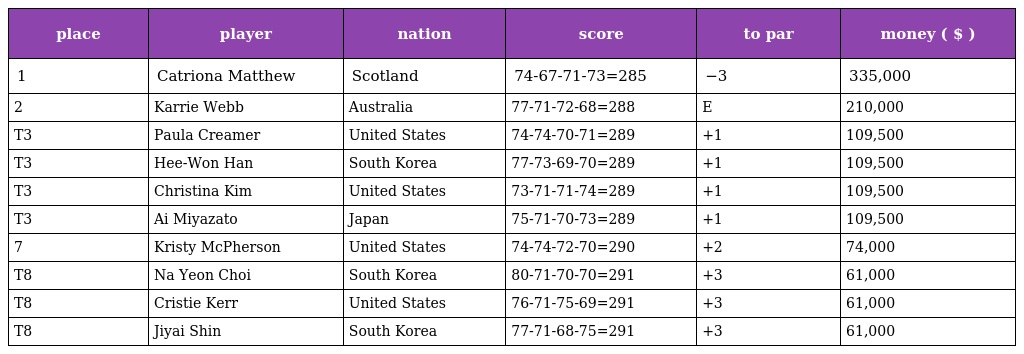
| place | player | nation | score | to par | money ( $ ) |
 | --- | --- | --- | --- | --- | --- |
 | 1 | Catriona Matthew | Scotland | 74-67-71-73=285 | −3 | 335,000 |
 | 2 | Karrie Webb | Australia | 77-71-72-68=288 | E | 210,000 |
 | T3 | Paula Creamer | United States | 74-74-70-71=289 | +1 | 109,500 |
 | T3 | Hee-Won Han | South Korea | 77-73-69-70=289 | +1 | 109,500 |
 | T3 | Christina Kim | United States | 73-71-71-74=289 | +1 | 109,500 |
 | T3 | Ai Miyazato | Japan | 75-71-70-73=289 | +1 | 109,500 |
 | 7 | Kristy McPherson | United States | 74-74-72-70=290 | +2 | 74,000 |
 | T8 | Na Yeon Choi | South Korea | 80-71-70-70=291 | +3 | 61,000 |
 | T8 | Cristie Kerr | United States | 76-71-75-69=291 | +3 | 61,000 |
 | T8 | Jiyai Shin | South Korea | 77-71-68-75=291 | +3 | 61,000 |